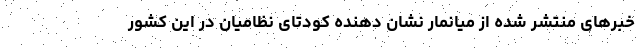
خبرهای منتشر شده از میانمار نشان دهنده کودتای نظامیان در این کشور